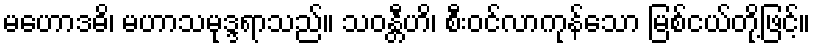
မဟောဒဓိ၊ မဟာသမုဒ္ဒရာသည်။ သဝန္တီဟိ၊ စီးဝင်လာကုန်သော မြစ်ငယ်တို့ဖြင့်။